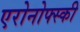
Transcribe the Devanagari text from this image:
एरोनोफ्स्की